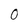
Character: 0